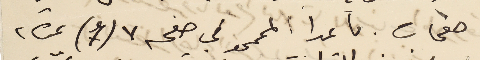
صفحات. ما عدا الممحو في صفحه ٧ (7) نمرة ٢